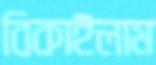
বিকাইলাম